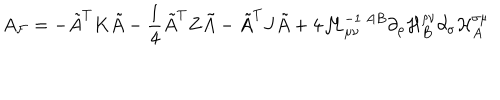
LaTeX: A _ { \cal F } = - \tilde { A } ^ { T } K \tilde { A } - \frac { 1 } { 4 } \tilde { A } ^ { T } Z \tilde { A } - \tilde { A } ^ { T } J \tilde { A } + 4 { \cal M } _ { \mu \nu } ^ { - 1 \ A B } \partial _ { \rho } { \cal H } _ { B } ^ { \rho \nu } \partial _ { \sigma } { \cal H } _ { A } ^ { \sigma \mu }